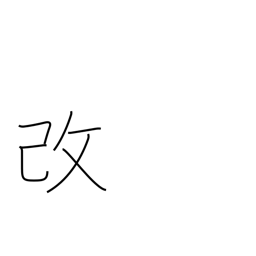
Meaning: modify